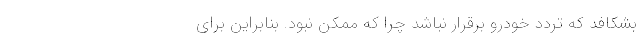
بشکافد که تردد خودرو برقرار نباشد چرا که ممکن نبود. بنابراین برای